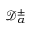
\mathcal { D } _ { \alpha } ^ { \pm }